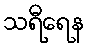
သရီရေန